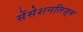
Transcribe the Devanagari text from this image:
सेंसेशनलिज़्म